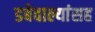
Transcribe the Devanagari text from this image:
डबेवाल्यांसह